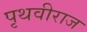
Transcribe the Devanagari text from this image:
पृथवीराज